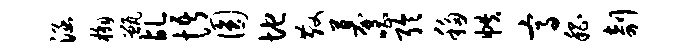
涵槲甑乩悟圆地散募唱聆移帙高嵇剞